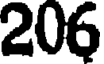
206